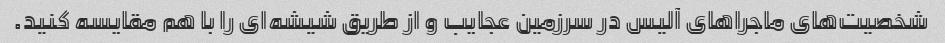
شخصیت‌های ماجراهای آلیس در سرزمین عجایب و از طریق شیشه‌ای را با هم مقایسه کنید.